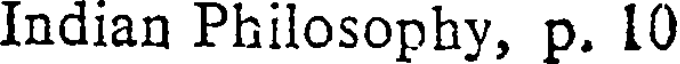
Indian Philosophy, p. 10